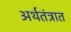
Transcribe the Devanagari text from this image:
अर्थतंत्रात